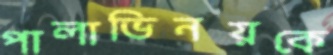
পালাভিনয়কে